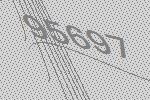
95697